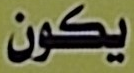
يكون